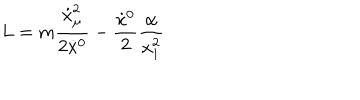
L = m \frac { \dot { x } _ { \mu } ^ { 2 } } { 2 \dot { x } { } ^ { 0 } } - \frac { \dot { x } { } ^ { 0 } } { 2 } \frac { \alpha } { x _ { 1 } ^ { 2 } }